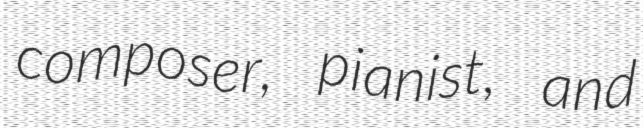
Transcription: composer, pianist, and